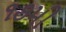
૧૭મી